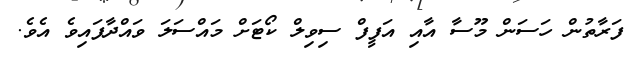
ފަރާތުން ހަސަން މޫސާ އާއި އަފީފް ސިވިލް ކޯޓަށް މައްސަލަ ވައްދާފައިވެ އެވެ.